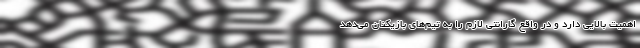
اهمیت بالایی دارد و در واقع گارانتی لازم را به تیم‌های بازیکنان می‌دهد